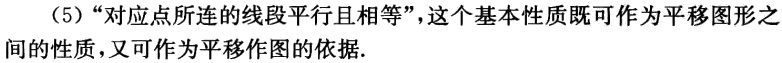
（5）“对应点所连的线段平行且相等”，这个基本性质既可作为平移图形之间的性质，又可作为平移作图的依据.